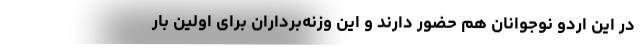
در این اردو نوجوانان هم حضور دارند و این وزنه‌برداران برای اولین بار